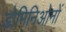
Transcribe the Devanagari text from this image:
डोमिनिओनों